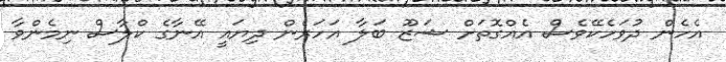
އެހެން ދުވަހެކޭވެސް އެއްގޮތަށް ޝަޒޫ ބަލާ އަހަރެން ދިޔައީ އޭނާގެ ކްލާސް ނިމެންވާ